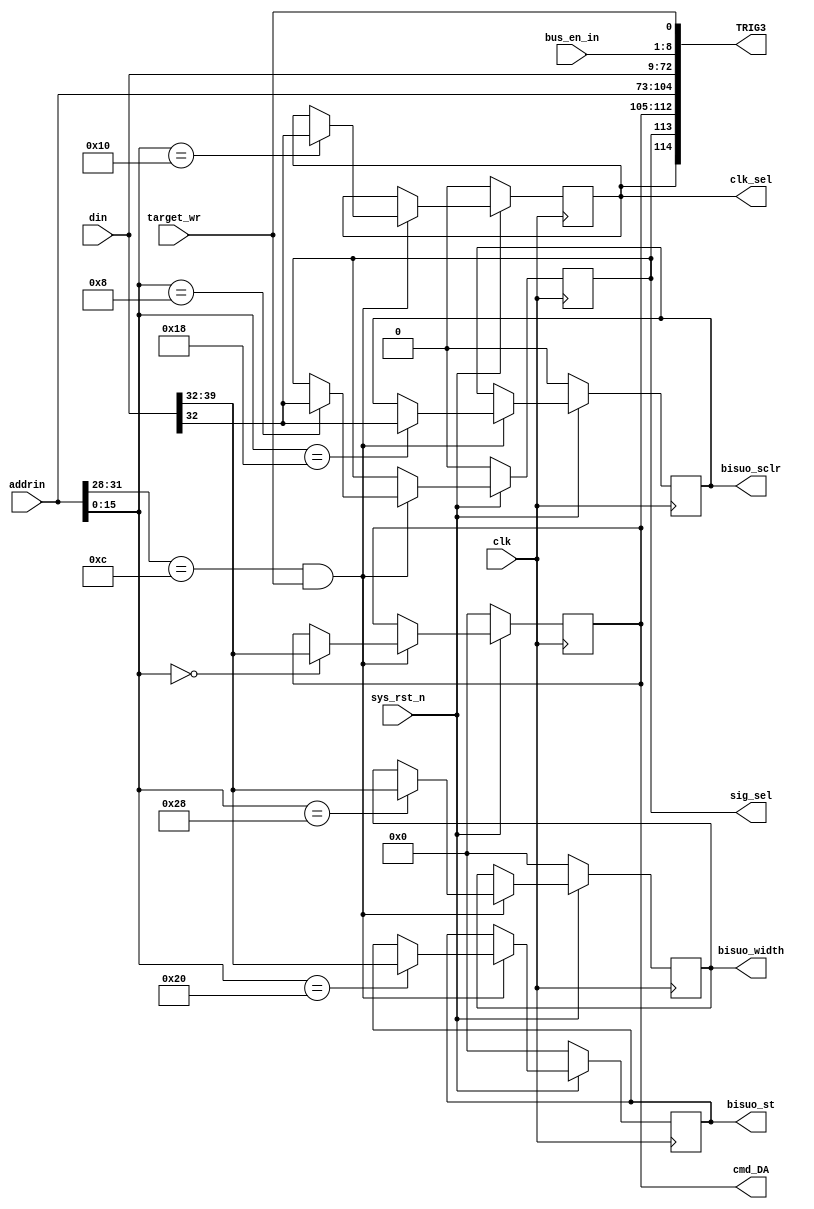
//
//srioIFM
//IFM
module target_in_align
(
	 input						 clk,
	 input						 sys_rst_n,
	 input						 target_wr,
    input    		 [7:0]    bus_en_in,
    input    		 [31:0]   addrin,
    input    		 [63:0]   din,
//    output   reg   [31:0]   addrout,
    output   reg   [ 7:0]   cmd_DA,
	 output	 reg	 			 sig_sel,				// /01
	 output	 reg	 			 clk_sel,				//  01
	 output	 reg				 bisuo_sclr,			//000,10
	 output	 reg	 [ 7:0]	 bisuo_st,				//0
	 output	 reg	 [ 7:0]	 bisuo_width,			//0
	 output			 [149:0]	 TRIG3
);

//------------------------------
//always @ ( posedge clk )
//	 casez(bus_en_in)                                                          
//		  8'b1???_????: addrout    =    addrin + 4'h0;                          
//		  8'b01??_????: addrout    =    addrin + 4'h1;                          
//		  8'b001?_????: addrout    =    addrin + 4'h2;                          
//		  8'b0001_????: addrout    =    addrin + 4'h3;  
//		  8'b0000_1???: addrout    =    addrin + 4'h4;                         
//		  8'b0000_01??: addrout    =    addrin + 4'h5;                          
//		  8'b0000_001?: addrout    =    addrin + 4'h6;
//		  8'b0000_0001: addrout    =    addrin + 4'h7;                                                  
//		 default:       addrout    =    addrin;                                
//	 endcase  
////---------------------------------------
//always@( posedge clk )           
//	 casez(bus_en_in) 
//		  8'b1???_????: dout    =    din;
//		  8'b01??_????: dout    =    {din[55:0],8'b0};
//		  8'b001?_????: dout    =    {din[47:0],16'b0};
//		  8'b0001_????: dout    =    {din[39:0],24'b0};
//		  8'b0000_1???: dout    =    {din[31:0],32'b0};                                                    
//		  8'b0000_01??: dout    =    {din[23:0],40'b0};             
//		  8'b0000_001?: dout    =    {din[15:0],48'b0};           
//		  8'b0000_0001: dout    =    {din[7:0],56'b0};                                             
//		 default:       dout    =    din;     
//	 endcase			 
always @ ( posedge clk )
begin
	if(!sys_rst_n)
		begin
				cmd_DA				<=		8'h00				;
				sig_sel				<=		1'b0				;
				clk_sel				<=		1'b0				;
				bisuo_sclr			<=		1'b0				;
				bisuo_st				<=		8'h00				;
				bisuo_width			<=		8'h00				;
		end
	else	if((addrin[31:28]==4'hc)&&(target_wr))				//0
		case(addrin[15:0])
		16'h00:															//0xc000_0000_0000_0000DA
				cmd_DA				<=		din[39:32]		;
		16'h08:															//0xc000_0000_0000_00080
				sig_sel				<=		din[32]			;
		16'h10:															//0xc000_0000_0000_00100FMC1
				clk_sel				<=		din[32]			;
		16'h18:															//0xc000_0000_0000_0018000,10
				bisuo_sclr			<=		din[32]			;
		16'h20:
				bisuo_st				<=		din[39:32]		;		//
		16'h28:
				bisuo_width			<=		din[39:32]		;		//
		default:
			begin
				cmd_DA				<=		cmd_DA			;
				sig_sel				<=		sig_sel			;
				clk_sel				<=		clk_sel			;
				bisuo_sclr			<=		bisuo_sclr		;
				bisuo_st				<=		bisuo_st			;
				bisuo_width			<=		bisuo_width		;
			end
		endcase
	else
		begin
				cmd_DA				<=		cmd_DA			;
				sig_sel				<=		sig_sel			;
				clk_sel				<=		clk_sel			;
				bisuo_sclr			<=		bisuo_sclr		;
				bisuo_st				<=		bisuo_st			;
				bisuo_width			<=		bisuo_width		;
		end
end

assign	TRIG3[0]		=		target_wr	;
assign	TRIG3[8:1]	=		bus_en_in	;
assign	TRIG3[72:9]	=		din			;
assign	TRIG3[104:73]	=	addrin		;
assign	TRIG3[112:105]	=	cmd_DA		;
assign	TRIG3[113]		=	sig_sel		;
assign	TRIG3[114]		=	clk_sel		;

endmodule